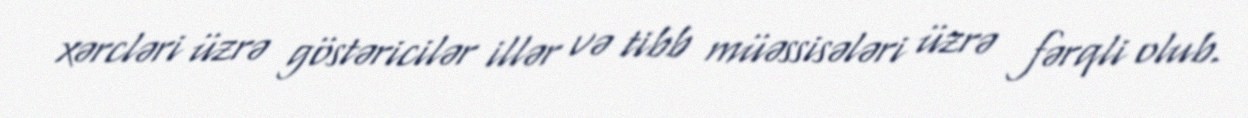
xərcləri üzrə göstəricilər illər və tibb müəssisələri üzrə fərqli olub.